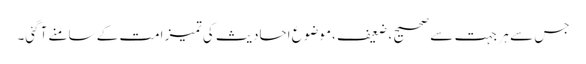
جس سے ہر جہت سے صحیح ، ضعیف ،موضوع احادیث کی تمیز امت کے سامنے آگئی۔